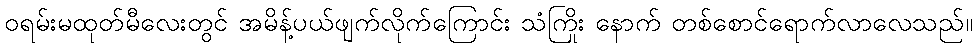
ဝရမ်းမထုတ်မီလေးတွင် အမိန့်ပယ်ဖျက်လိုက်ကြောင်း သံကြိုး နောက် တစ်စောင်ရောက်လာလေသည်။